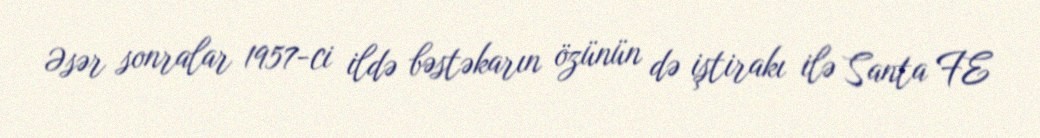
Əsər sonralar 1957-ci ildə bəstəkarın özünün də iştirakı ilə Santa FE